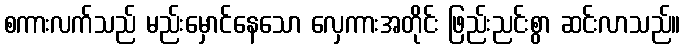
စကားလက်သည် မည်းမှောင်နေသော လှေကားအတိုင်း ဖြည်းညင်းစွာ ဆင်းလာသည်။